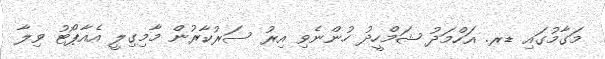
މަގާމުގައި ޑރ. އަހްމަދު ޝަމްހީދު ހުންނެވި އިރު ސަރުކާރުން މާމިގިލީ އެއާޕޯޓު ވިލާ